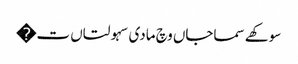
سوکھے سماجاں وچ مادی سہولتاں ت�